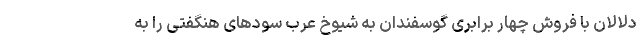
دلالان با فروش چهار برابری گوسفندان به شیوخ عرب سودهای هنگفتی را به